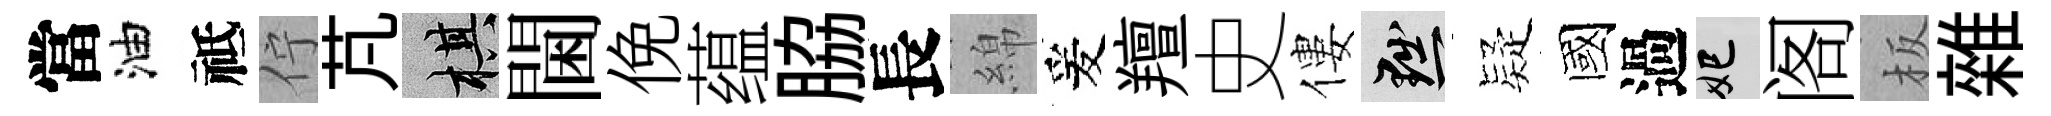
當油祗佇芃棋閫俛蕴脇長綿爰羶史僂黜疑國過妃阁板雜